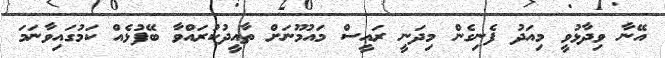
އޭނާ ވިދާޅުވީ މިއަދު ފެނިގެން މިދަނީ ރައީސް މައުމޫނަށް ތާއީދުކުރައްވާ ބޭފުޅެއް ކަމުގައިވާނަމަ